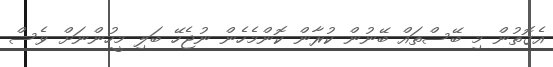
އެގޮތުން މި ބޭސްތައް ބޭނުން ކުރާން ކޮންމެހެން ނުޖެހޭ ބަލި މީހުންނަށް ވެސް